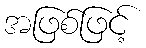
အဖြစ်ဖြင့်